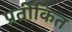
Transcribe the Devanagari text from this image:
प्रतीकित